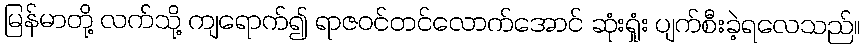
မြန်မာတို့ လက်သို့ ကျရောက်၍ ရာဇဝင်တင်လောက်အောင် ဆုံးရှုံး ပျက်စီးခဲ့ရလေသည်။